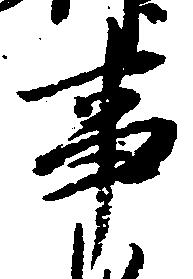
事